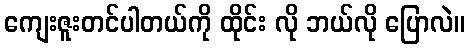
ကျေးဇူးတင်ပါတယ်ကို ထိုင်း လို ဘယ်လို ပြောလဲ။